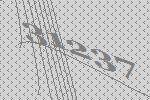
31237